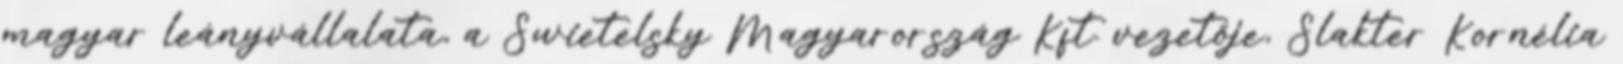
magyar leányvállalata, a Swietelsky Magyarország Kft. vezetője, Slakter Kornélia